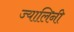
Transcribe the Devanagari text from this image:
ज्यालिनी